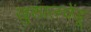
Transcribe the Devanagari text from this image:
खुशालचेंडू